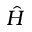
\hat { H }